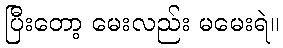
ပြီးတော့ မေးလည်း မမေးရဲ။